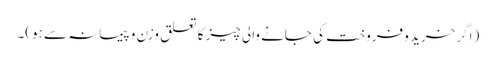
(اگر خرید و فروخت کی جانے والی چیز کا تعلق وزن و پیمانہ سے ہو)۔